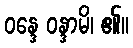
ဝန္ဒေ ဝန္ဒာမိ၊ ၏။